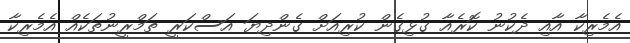
އެމެރިކާ އާއި ދެކުނު ކޮރެއާ ގުޅިގެން ކުރިއަށް ގެންދިޔަ އަސްކަރީ ތަމްރީނުތަކެއް އެމެރިކާ